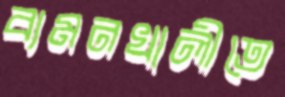
বামনখালীতে